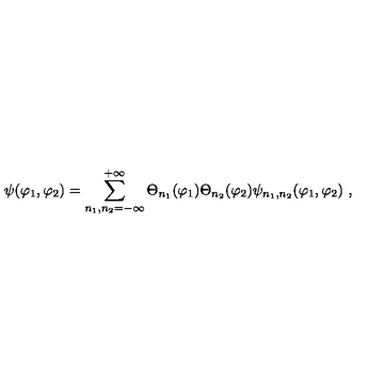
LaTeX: \psi ( \varphi _ { 1 } , \varphi _ { 2 } ) = \sum _ { n _ { 1 } , n _ { 2 } = - \infty } ^ { + \infty } \Theta _ { n _ { 1 } } ( \varphi _ { 1 } ) \Theta _ { n _ { 2 } } ( \varphi _ { 2 } ) \psi _ { n _ { 1 } , n _ { 2 } } ( \varphi _ { 1 } , \varphi _ { 2 } ) \ ,